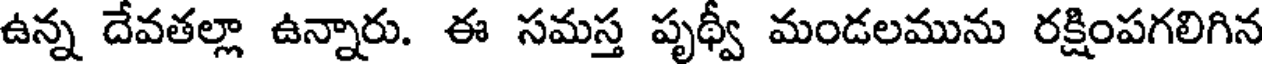
ఉన్న దేవతల్లా ఉన్నారు. ఈ సమస్త పృథ్వీ మండలమును రక్షింపగలిగిన